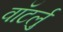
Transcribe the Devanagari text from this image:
वॉटर्लु